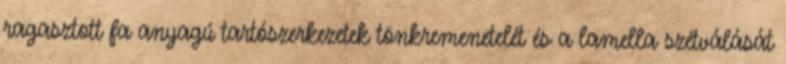
ragasztott fa anyagú tartószerkezetek tönkremenetelét és a lamella szétválását